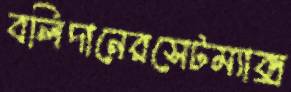
বলিদানেরসেটম্যাক্স